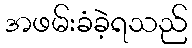
အဖမ်းခံခဲ့ရသည်